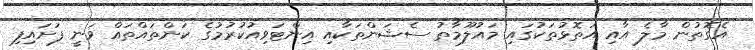
އެގޮތުން މާލެ އާއި އަތޮޅުތަކުގައި މައުލޫމާތު ސެޝަންތަކާއި އިންޓަވިއުކުރުމުގެ ކަންތައްތައް ވަނީ ފަށައިފި